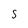
Character: S